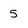
Character: 5